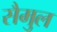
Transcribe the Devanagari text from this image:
सैमुल